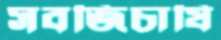
সবজিচাষি